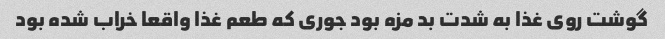
گوشت روی غذا به شدت بد مزه بود جوری که طعم غذا واقعا خراب شده بود